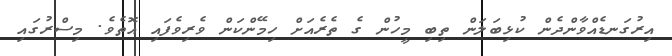
އިރުގަނޑެއްވާންދެން ކުޅިބަލަން ތިބި މީހުން ގެ ތެރެއަށް ހިމޭންކަން ވެރިވެފައި އޮތެވެ. މިސްރުގައި